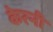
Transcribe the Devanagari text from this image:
केरनी